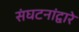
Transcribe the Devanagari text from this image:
संघटनांद्वारे